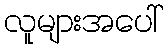
လူများအပေါ်